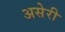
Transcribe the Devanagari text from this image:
असेरी